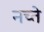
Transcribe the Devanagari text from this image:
नच्ते